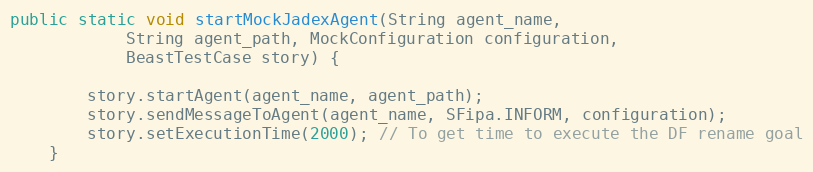
Language: Java
public static void startMockJadexAgent(String agent_name,
            String agent_path, MockConfiguration configuration,
            BeastTestCase story) {

        story.startAgent(agent_name, agent_path);
        story.sendMessageToAgent(agent_name, SFipa.INFORM, configuration);
        story.setExecutionTime(2000); // To get time to execute the DF rename goal
    }